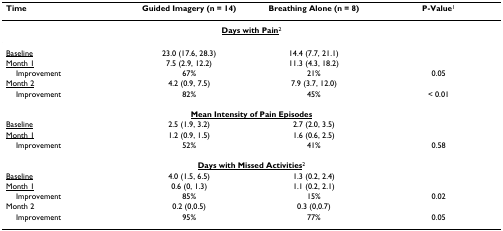
<table><thead><tr><td><b>Time</b></td><td><b>Guided Imagery (n = 14)</b></td><td><b>Breathing Alone (n = 8)</b></td><td><b>P-Value<sup>1</sup></b></td></tr></thead><tbody><tr><td colspan="4"><b><underline>Days with Pain</underline></b><sup>2</sup></td></tr><tr><td><underline>Baseline</underline></td><td>23.0 (17.6, 28.3)</td><td>14.4 (7.7, 21.1)</td><td></td></tr><tr><td><underline>Month 1</underline></td><td>7.5 (2.9, 12.2)</td><td>11.3 (4.3, 18.2)</td><td></td></tr><tr><td> Improvement</td><td>67%</td><td>21%</td><td>0.05</td></tr><tr><td><underline>Month 2</underline></td><td>4.2 (0.9, 7.5)</td><td>7.9 (3.7, 12.0)</td><td></td></tr><tr><td> Improvement</td><td>82%</td><td>45%</td><td>&lt; 0.01</td></tr><tr><td colspan="4"><b><underline>Mean Intensity of Pain Episodes</underline></b></td></tr><tr><td><underline>Baseline</underline></td><td>2.5 (1.9, 3.2)</td><td>2.7 (2.0, 3.5)</td><td></td></tr><tr><td><underline>Month 1</underline></td><td>1.2 (0.9, 1.5)</td><td>1.6 (0.6, 2.5)</td><td></td></tr><tr><td> Improvement</td><td>52%</td><td>41%</td><td>0.58</td></tr><tr><td colspan="4"><b><underline>Days with Missed Activities</underline></b><sup>2</sup></td></tr><tr><td><underline>Baseline</underline></td><td>4.0 (1.5, 6.5)</td><td>1.3 (0.2, 2.4)</td><td></td></tr><tr><td><underline>Month 1</underline></td><td>0.6 (0, 1.3)</td><td>1.1 (0.2, 2.1)</td><td></td></tr><tr><td> Improvement</td><td>85%</td><td>15%</td><td>0.02</td></tr><tr><td>Month 2</td><td>0.2 (0,0.5)</td><td>0.3 (0,0.7)</td><td></td></tr><tr><td> Improvement</td><td>95%</td><td>77%</td><td>0.05</td></tr></tbody></table>